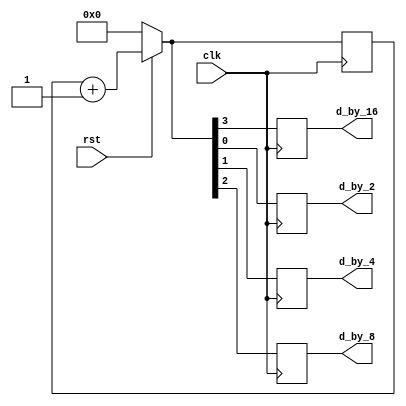
module clock_divider(
    input rst,
    input   clk,
    
    output reg d_by_2,
    output reg d_by_4,
    output reg d_by_8,
    output reg d_by_16
    );
     reg  [3:0]count;
    always @ (posedge clk)
    
    begin 
    if(rst==0)
    count=4'b0000;
    
    else
  
   // clk= ~clk;
    count = count + 1;
    
    d_by_2  = count[0];
    d_by_4  = count[1];
    d_by_8  = count[2];
    d_by_16 = count[3];
    
        
end
    
endmodule